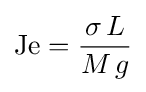
\mathrm {Je} ={\frac {\sigma \,L}{M\,g}}